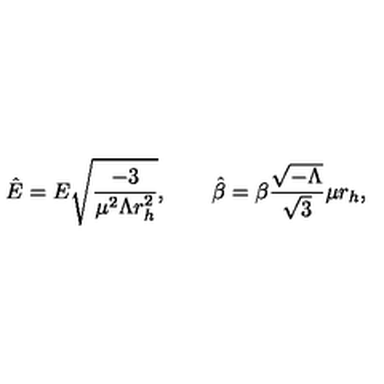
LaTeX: { \hat { E } } = E { \sqrt { \frac { - 3 } { \mu ^ { 2 } \Lambda r _ { h } ^ { 2 } } } } , \qquad { \hat { \beta } } = \beta \frac { { \sqrt { - \Lambda } } } { { \sqrt { 3 } } } \mu r _ { h } ,